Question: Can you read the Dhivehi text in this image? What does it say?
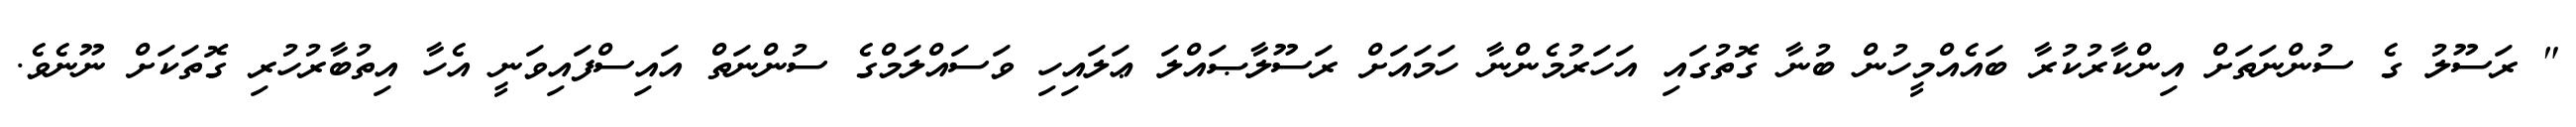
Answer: " ރަސޫލު ގެ ސުންނަތަށް އިންކާރުކުރާ ބައެއްމީހުން ބުނާ ގޮތުގައި އަހަރުމެންނާ ހަމައަށް ރަސޫލާޞައްލަ ޢަލައިހި ވަސައްލަމްގެ ސުންނަތް އައިސްފައިވަނީ އެހާ އިތުބާރުހުރި ގޮތަކަށް ނޫނެވެ.